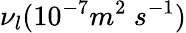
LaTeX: \nu_{l}(10^{-7}m^{2}\ s^{-1})